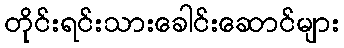
တိုင်းရင်းသားခေါင်းဆောင်များ